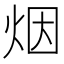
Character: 烟